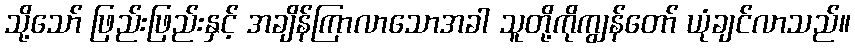
သို့သော် ဖြည်းဖြည်းနှင့် အချိန်ကြာလာသောအခါ သူတို့ကိုကျွန်တော် ယုံချင်လာသည်။